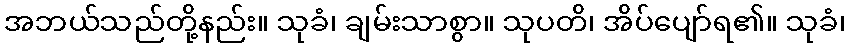
အဘယ်သည်တို့နည်း။ သုခံ၊ ချမ်းသာစွာ။ သုပတိ၊ အိပ်ပျော်ရ၏။ သုခံ၊